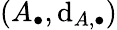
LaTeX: (A_{\bullet},\mathrm{d}_{A,\bullet})